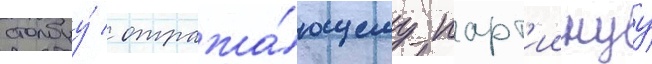
столбцу́ / отража́ющему парт'иинуу